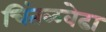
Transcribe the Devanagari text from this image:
चिंतळवेढा